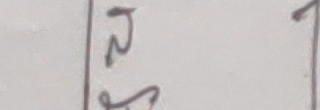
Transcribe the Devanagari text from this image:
दुई